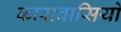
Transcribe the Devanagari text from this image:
कारावासियों